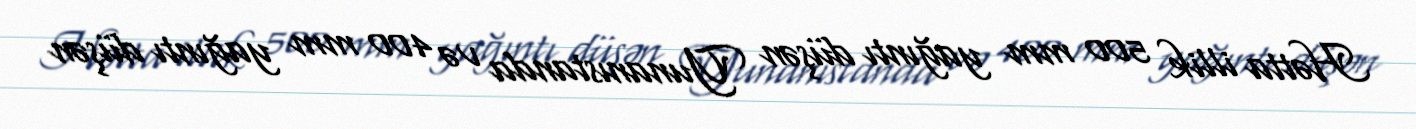
Hətta illik 500 mm yağıntı düşən Yunanıstanda və 400 mm yağıntı düşən